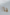
يا